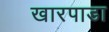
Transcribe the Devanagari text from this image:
खारपाडा